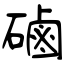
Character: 磠